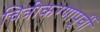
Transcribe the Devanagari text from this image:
चित्रीकरणापूर्वी